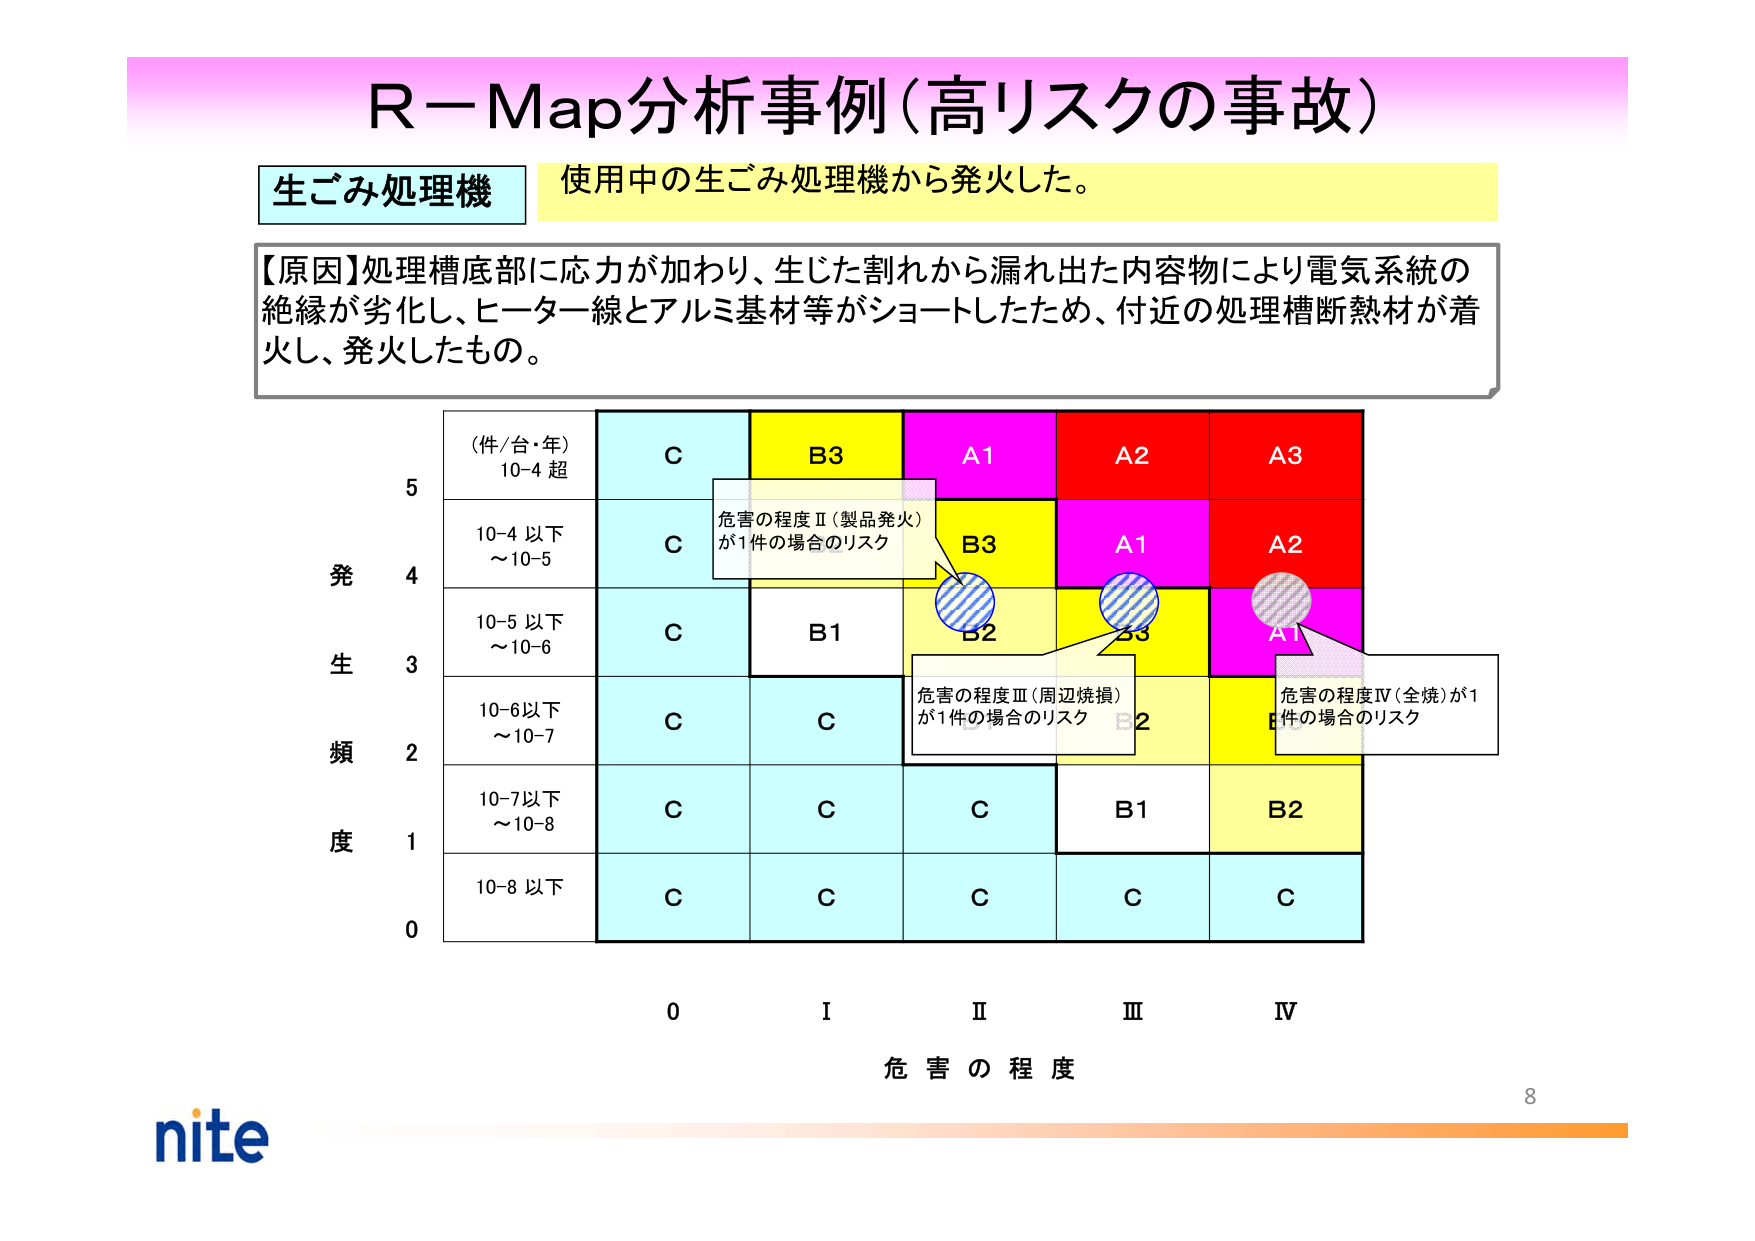
R－Map分析事例（高リスクの事故）

生ごみ処理機　使用中の生ごみ処理機から発火した。

【原因】処理槽底部に応力が加わり、生じた割れから漏れ出た内容物により電気系統の絶縁が劣化し、ヒーター線とアルミ基材等がショートしたため、付近の処理槽断熱材が着火し、発火したもの。

（件/台・年）
10-4 超
C　B3　A1　A2　A3

10-4 以下
～10-5
C　B3　A1　A2

10-5 以下
～10-6
C　B1　B2　B3　A1

10-6以下
～10-7
C　C　B2　B2

10-7以下
～10-8
C　C　C　B1　B2

10-8 以下
C　C　C　C　C

発生頻度
5
4
3
2
1
0

0　I　Ⅱ　Ⅲ　Ⅳ
危害の程度

危害の程度Ⅱ（製品発火）が1件の場合のリスク
危害の程度Ⅲ（周辺焼損）が1件の場合のリスク
危害の程度Ⅳ（全焼）が1件の場合のリスク

nite
8